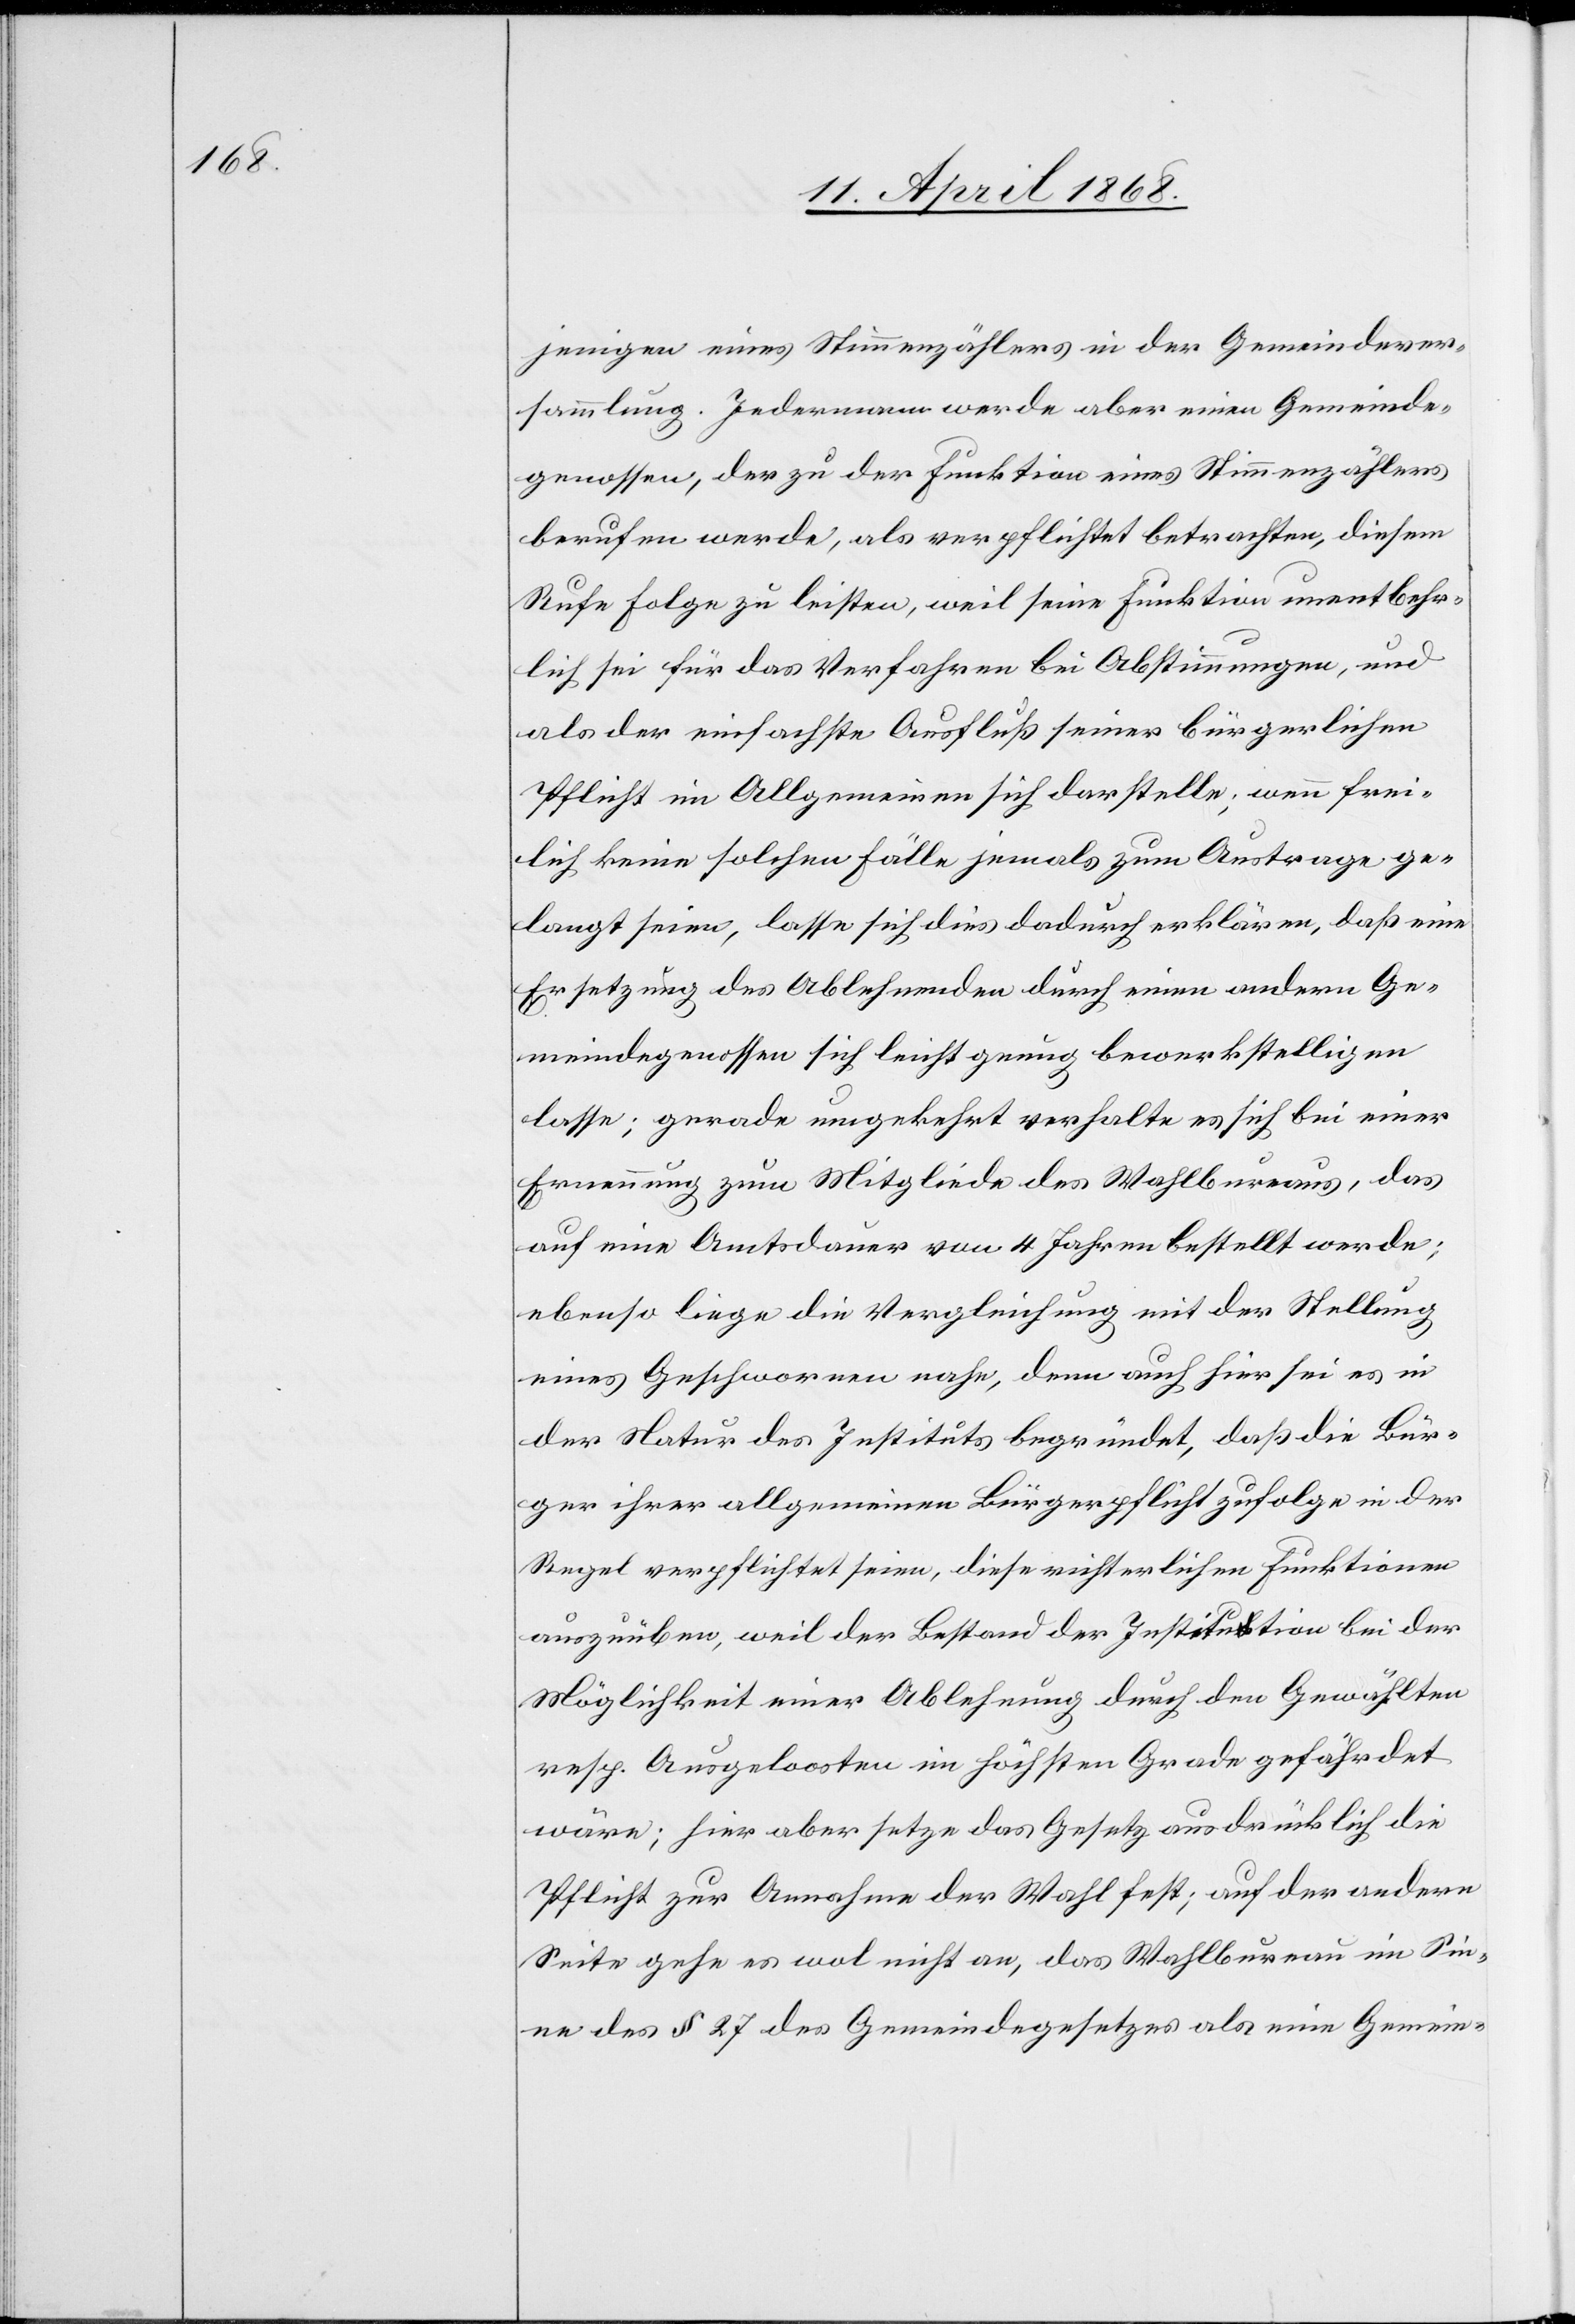
jenigen eines Stimmenzählers in der Gemeindever¬
sammlung. Jedermann werde aber einen Gemeinde¬
genossen, der zu der Funktion eines Stimmenzählers
berufen werde, als verpflichtet betrachten, diesem
Rufe Folge zu leisten, weil seine Funktion unentbehr¬
lich sei für das Verfahren bei Abstimmungen, und
als der einfachste Ausfluß seiner bürgerlichen
Pflicht im Allgemeinen sich darstelle; wenn frei¬
lich keine solchen Fälle jemals zum Austrage ge¬
langt seien, lasse sich dies dadurch erklären, daß eine
Ersetzung des Ablehnenden durch einen andern Ge¬
meindegenossen sich leicht genug bewerkstelligen
lasse; gerade umgekehrt verhalte es sich bei einer
Ernennung zum Mitgliede des Wahlbureaus, das
auf eine Amtsdauer von 4 Jahren bestellt werde;
ebenso liege die Vergleichung mit der Stellung
eines Geschwornen nahe, denn auch hier sei es in
der Natur des Instituts begründet, daß die Bür¬
ger ihrer allgemeinen Bürgerpflicht zufolge in der
Regel verpflichtet seien, diese richterlichen Funktionen
auszuüben, weil der Bestand der Institution bei der
Möglichkeit einer Ablehnung durch den Gewählten
resp. Ausgeloosten im höchsten Grade gefährdet
wäre; hier aber setze das Gesetz ausdrücklich die
Pflicht zur Annahme der Wahl fest; auf der andern
Seite gehe es wol nicht an, das Wahlbureau im Sin¬
ne des § 27 des Gemeindegesetzes als eine Gemein-